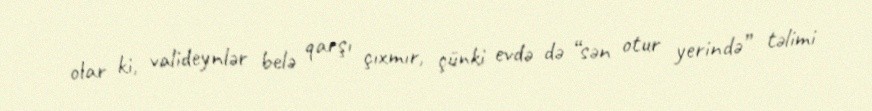
olar ki, valideynlər belə qarşı çıxmır, çünki evdə də “sən otur yerində” təlimi